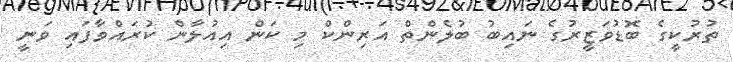
ތުރުކީގެ ބޮޑުވަޒީރުގެ ނައިބު ބުލެންތް އަރިންކް މި ކަން އިއުލާން ކުރައްވާފައި ވަނީ